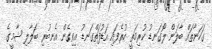
ގަހަނާތައް ބާލަން ލޯގަނޑު ކުރިމަތީ ހުރެފައި އަޑުފަތްގަނޑު އިވިގެން އެނބުރި ބަލާލި ޝާމީގެ